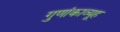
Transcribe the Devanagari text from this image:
गुणांकाव्यूह